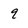
Character: q